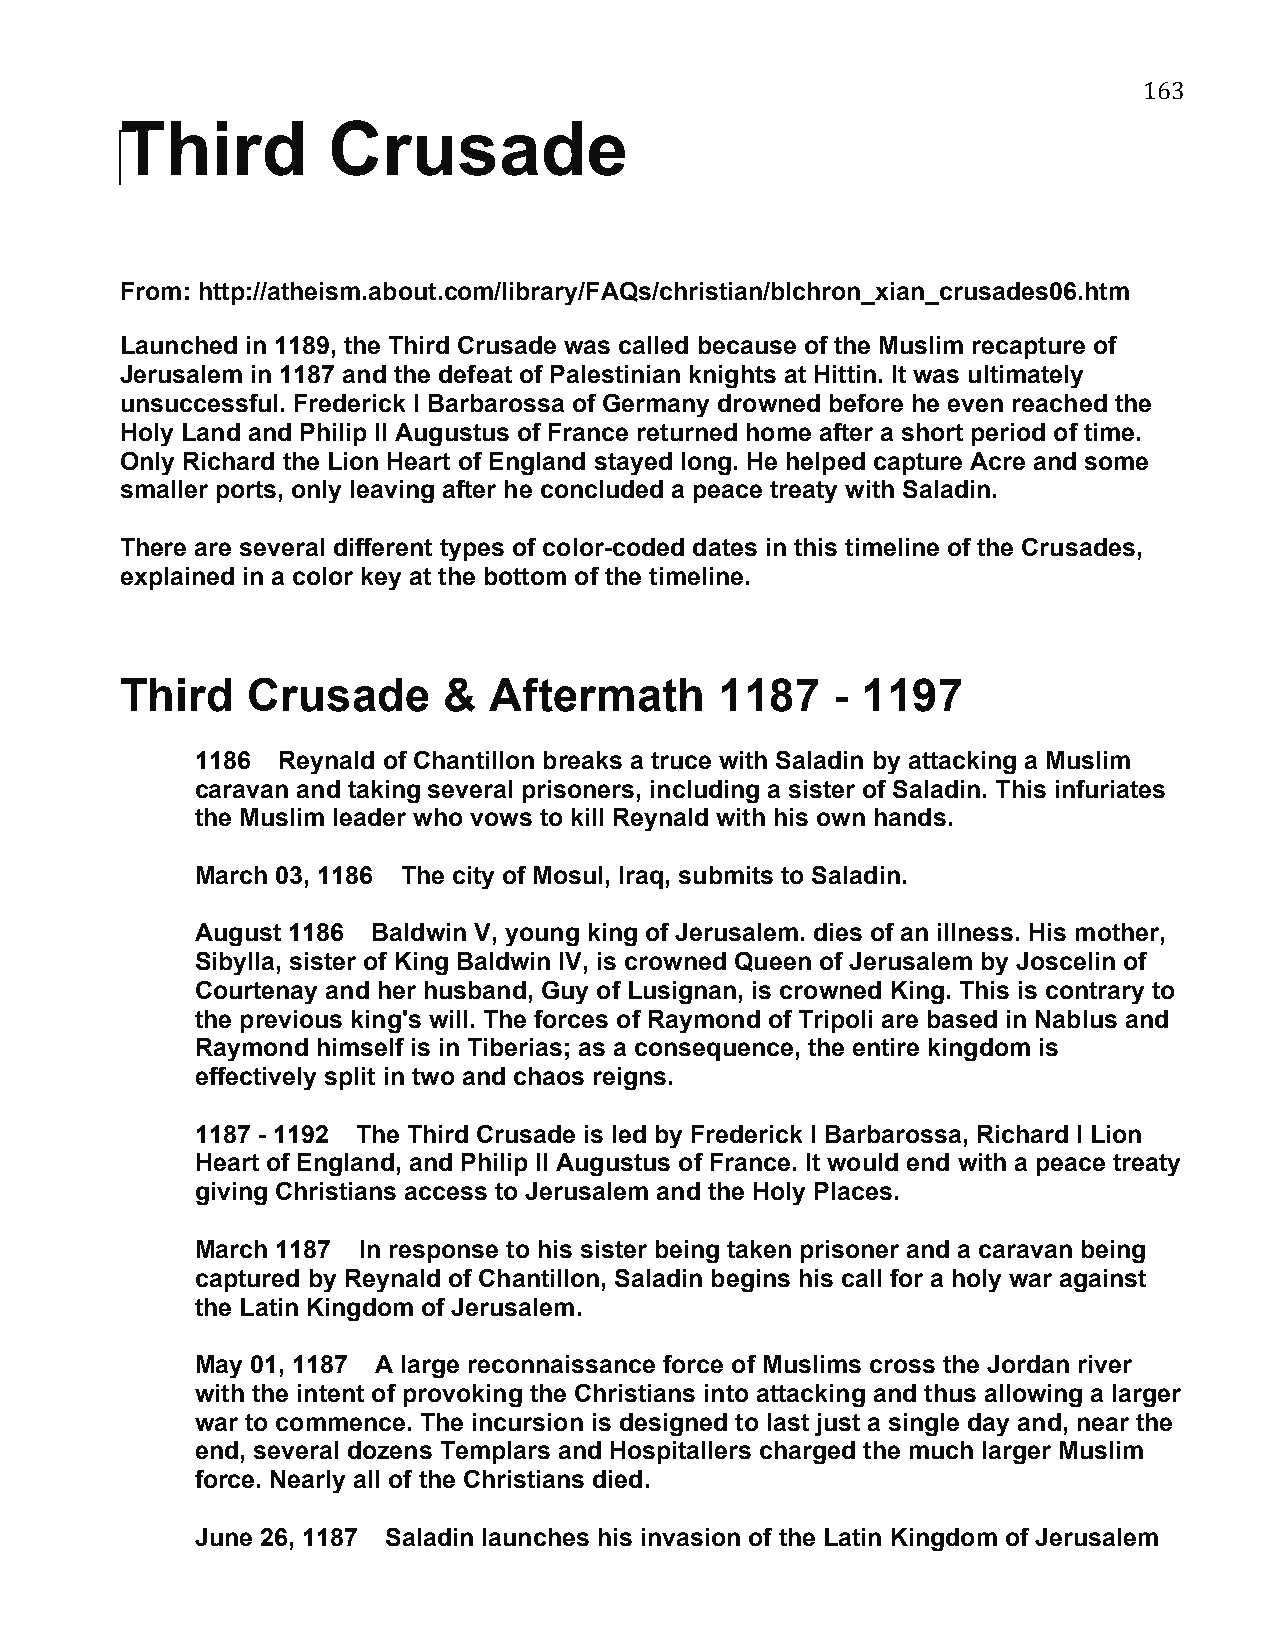
163
 ‪Third        Crusade
 From: http://atheism.about.com/library/FAQs/christian/blchron_xian_crusades06.htm
 Launched in 1189, the Third Crusade was called because of the Muslim recapture of
 Jerusalem in 1187 and the defeat of Palestinian knights at Hittin. It was ultimately
 unsuccessful. Frederick I Barbarossa of Germany drowned before he even reached the
 Holy Land and Philip II Augustus of France returned home after a short period of time.
 Only Richard the Lion Heart of England stayed long. He helped capture Acre and some
 smaller ports, only leaving after he concluded a peace treaty with Saladin.
 There are several different types of color-coded dates in this timeline of the Crusades,
 explained in a color key at the bottom of the timeline.
 Third   Crusade      &  Aftermath       1187   - 1197
 1186 Reynald of Chantillon breaks a truce with Saladin by attacking a Muslim
 caravan and taking several prisoners, including a sister of Saladin. This infuriates
 the Muslim leader who vows to kill Reynald with his own hands.
 March 03, 1186 The city of Mosul, Iraq, submits to Saladin.
 August 1186 Baldwin V, young king of Jerusalem. dies of an illness. His mother,
 Sibylla, sister of King Baldwin IV, is crowned Queen of Jerusalem by Joscelin of
 Courtenay and her husband, Guy of Lusignan, is crowned King. This is contrary to
 the previous king's will. The forces of Raymond of Tripoli are based in Nablus and
 Raymond himself is in Tiberias; as a consequence, the entire kingdom is
 effectively split in two and chaos reigns.
 1187 - 1192 The Third Crusade is led by Frederick I Barbarossa, Richard I Lion
 Heart of England, and Philip II Augustus of France. It would end with a peace treaty
 giving Christians access to Jerusalem and the Holy Places.
 March 1187 In response to his sister being taken prisoner and a caravan being
 captured by Reynald of Chantillon, Saladin begins his call for a holy war against
 the Latin Kingdom of Jerusalem.
 May 01, 1187 A large reconnaissance force of Muslims cross the Jordan river
 with the intent of provoking the Christians into attacking and thus allowing a larger
 war to commence. The incursion is designed to last just a single day and, near the
 end, several dozens Templars and Hospitallers charged the much larger Muslim
 force. Nearly all of the Christians died.
 June 26, 1187 Saladin launches his invasion of the Latin Kingdom of Jerusalem